Annual report on the working of the lock hospitals in the North-Western Provinces and Oudh
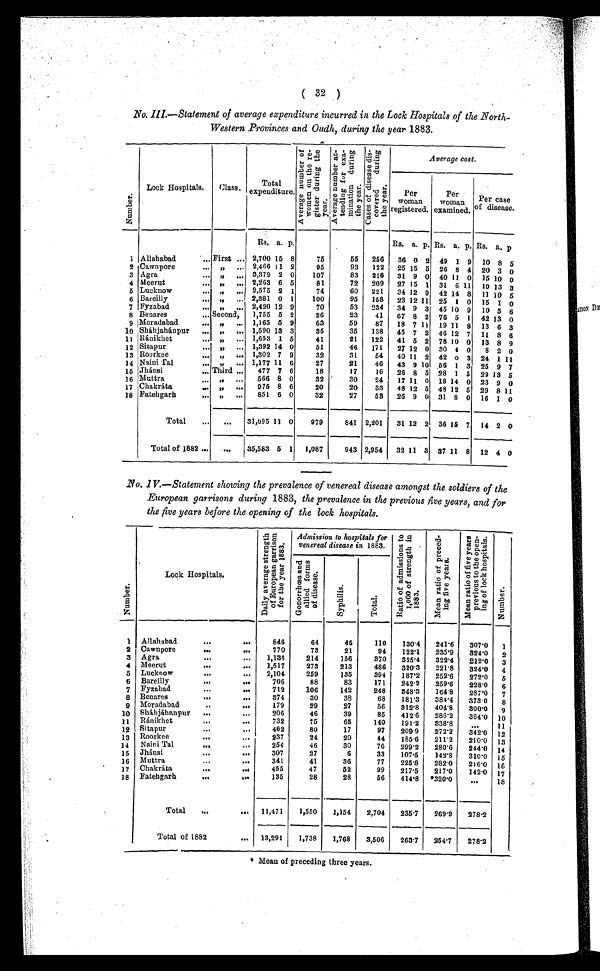
( 32 )
No. III —Statement of average expenditure incurred in the Lock Hospitals of the North-
Western Provinces and Oudh, during the year 1883.
Number
Lock hospitals.
Class.
Total
expenditure.
A v e r a g e n u m b e r o f w o m e n o n t h e r e - g i s t e r d u r i n g t h e y e a r .
Av e r a g e n u mb e r a t - t e n d i n g f o r e x a - mi n a t i o n d u r i n g t h e y e a r .
C a s e s o f d i s e a s e d i s - c o v e r e d d u r i n g t h e y e a r .
Average cost.
Per
woman
registered.
Per
woman
examined.
Per case
of disease.
1 Allahabad
... First ...
Rs. a. p.
75
55
256
Rs. a. p. Rs. a. p. Rs. a. p
2,700 15 8
36 0 2 49 1 9
10 8 5
2 Cawnpore
" 2,466 11 2
95
93
122
25 15 5 26 8 4 20 3 0
3 Agra
...
" 3.379 ,
2 0
107
83
216
31 9 0 40 11 0
15 10 0
4 Meerut
. . .
. . . 2 , 263 6 5
81
72
209
27 15 1
31 6 11
10 13 3
5 Lucknow
„, 2,575 2 1
74
60
221
34 12 9 42 14 8
11 10 5
6 Bareilly
2,381 0 1
100
95
158
23 12 11
25 1 0 15 1 0
7 Fyzabad
.., „
... 2,420 12 9
70
53
234
34 9 3 45 10 9
10 5 6
8 Benares
Second,
1,755 5 2
26
23
41
67 8 2 76 5 1 42 13 0
9 Moradabad
"
1,165 5 9
63
59
87
18 7 11
19 11 8 13 6 3
10 Sháhjahánpur
.., "
... 1,590 13 3
35
35
138
45 7 2 46 12 7
11 8 6
11 Ránikhet
" 1,653 1 5
41
21
122
41 5 2 78 10 0
13 8 9
12 Sitapur
" 1,392 14 0
51
46
171
27 12 0 30 4 0
8 2 0
13 Roorkee
... ,,
..
1,302 7 9
32
31
54
40 11 2 42 0 3 24 1 11
14 Naini Tal
... "
..
1 177 11 6
27
21
46
43 9 10 56 1 3
25 9 7
15 Jhánsi
... Third ...
477 7 6
18
17
.
16
26 8 5 28 1 5
29 13 5
16 Muttra
"
566 8 0
32
30
24
17 11 0 18 14 0 23 9 0
17 Chakráta
„.
„
..
975 8 6
20
20
33
48 12 5 48 12 5 29 8 11
18 Fatehgarh
... „
...
851 6 0
32
27
53
26 9 0 31 8 0
16 1 0
Total
...
...
31,095 11 0
979
841 2,201
31 12 2 36 15 7 14 2 0
Total of 1882 ...
...
36,583 5 1
1,087
943 2,954
32 11 3 37 11 8 12 4 0
1 V.—Statement showing the prevalence of venereal disease amongst the soldiers of the
European garrisons during 1883, the prevalence in the previous five years, and for
the five years before the opening of the lock hospitals.
N u m b e r
Lock hospitals.
D i a l y a v e r a g e s t r e n g t h o f E u r o p e a n g a r r s i o n f o r t h e y e a r 1 8 8 3
Admission to hospitals for
venereal disease tin 1883.
R a t i o o f a d m i s s i o n s t o 1 , 0 0 0 o f s t r e n g t h i n 1 8 8 3 .
M e a n r a t i o o f p r e c e d - i n g f i v e y e a r s .
M e a n r a t i o o f f i v e y e a r s p r e v i o u s t o t h e o p e n - i n g o f l o c k h o s p i t a l s .
N u m b e r
G o n o r r h œ a a n d a l l i e d f o r m s o f d i s e a s e s .
S y p h i l i s
T o t a l .
1
Allahabad
...
...
846
64
45
110
130'4
241 6
307 0
I
2
Cawnpore
..
..
770
73
21
94
122 1
235 9
324 0
2
3
Agra
...
...
1,134
214
156
370
325 4
322 4
212 0
3
4
Meerut
..
...
1,517
273
213
486
320 3
221 8
324 0
4
5
Lucknow
...
...
2,104
259
135
394
187 2
252 6
272 0
5
6
Bareilly
"'
...
706
88
83
171
242 2
259 6
228 0
6
7 Fyzabad
...
...
712
106
142
248
348 3
164 8
287 0
7
8 Benares
...
...
374
30
38
68
181 3
384 4
373 0
8
9 Moradabad
..
..
179
29
27
56
312 8
404 8
300 0
9
1 0 Shábjáhanpur
...
...
206
46
39
85
412 6
286 2
364 0
10
1 1 Ránikhet
164
...
732
75
65
140
191 2
338 8
. . .
11
12 Sitapur
...
...
462
80
17
97
209 9
272 2
342 0
12
13
Roorkee
..
. . .
237
24
20
44
185 6
211 2
210 0
13
14
Naini Tal
441.
...
254
46
30
76
299 2
280 6
244 0
14
15
Jhánsi
. . . ...
307
27
6
33
107 5
142 8
310 0
15
16
Muttra
...
."
341
41
36
77
225 8
282 0
216 0
16
17
Chakraa
...
...
455
47
52
99
217 5
217 0
142 0 17
18
Fatehgarn
...
135
28
28
56
414 8
320 0
...
18
Total
...
...
11,471
1,550
1,154
2,704
235 7
269 9
278 2
Total of 1882
...
—
13,291
1,738
1,768
3,506
263 1
2 5 4 . 7
278 2
*Meau of preceding three years.